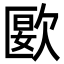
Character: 㰽